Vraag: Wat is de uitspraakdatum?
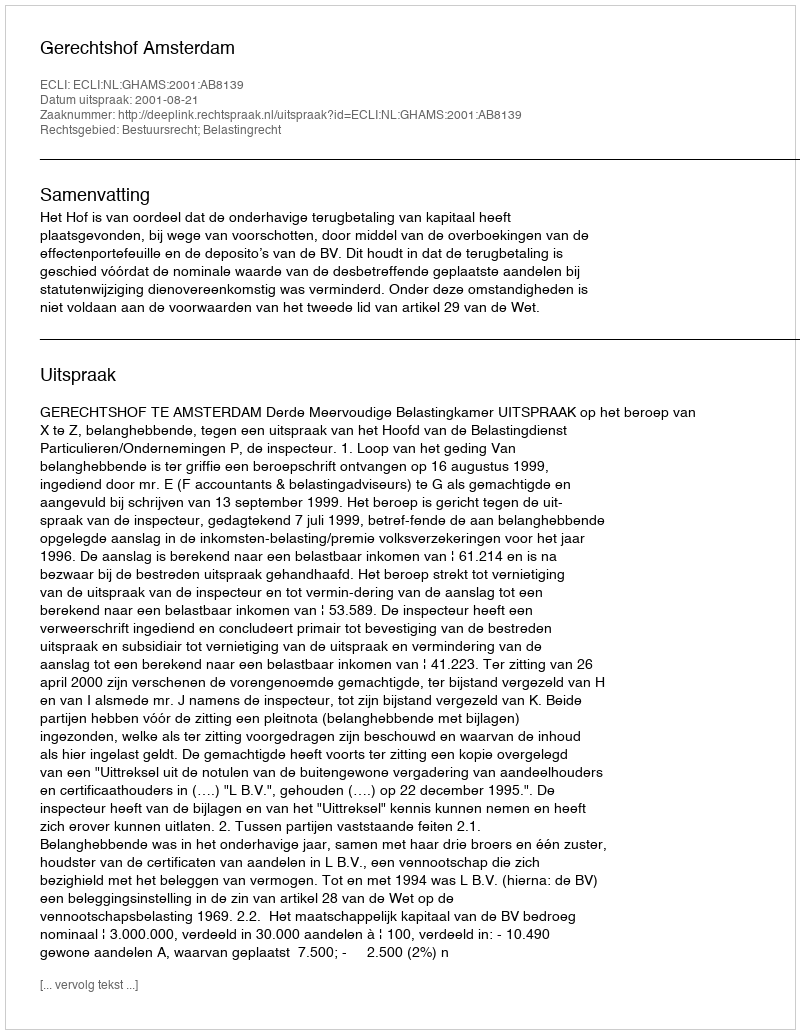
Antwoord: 2001-08-21